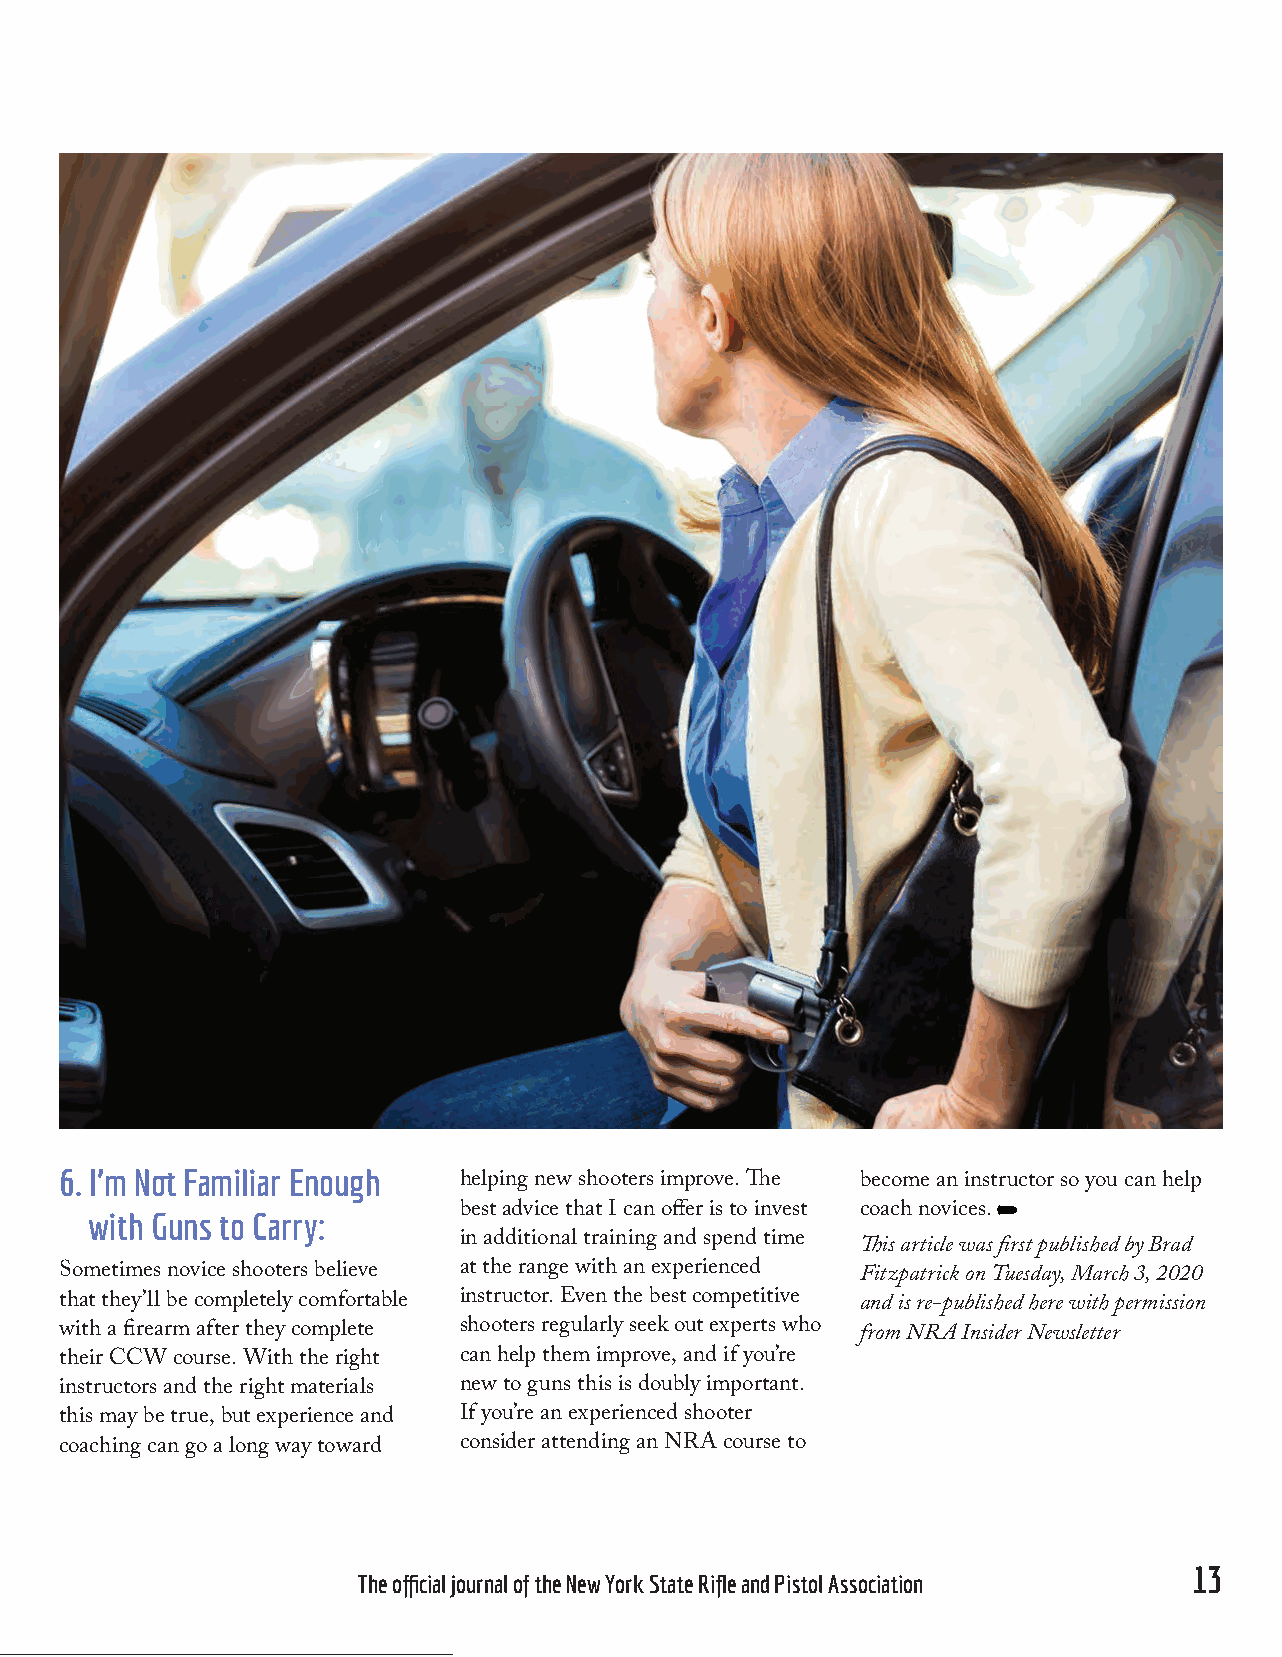
6. I’m Not Familiar Enough
 helping new shooters improve. The become an instructor so you can help
 with Guns to Carry:     best advice that I can offer is to invest coach novices.
 in additional training and spend time
 This article was first published by Brad
 Sometimes novice shooters believe at the range with an experienced Fitzpatrick on Tuesday, March 3, 2020
 that they’ll be completely comfortable instructor. Even the best competitive and is re-published here with permission
 with a firearm after they complete shooters regularly seek out experts who from NRA Insider Newsletter
 their CCW course. With the right can help them improve, and if you’re
 instructors and the right materials new to guns this is doubly important.
 this may be true, but experience and If you’re an experienced shooter
 coaching can go a long way toward consider attending an NRA course to
 12                                                                                  13
 BULLET magazine              The official journal of the New York State Rifle and Pistol Association
 NNyyssrrppaa 111166881133 BBuulllleett AApprr2200FF..iinndddd 1133       33//1188//22002200 1100::0000::2277 AAMM